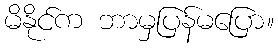
မိနိုင်က ဘာမှပြန်မပြော။